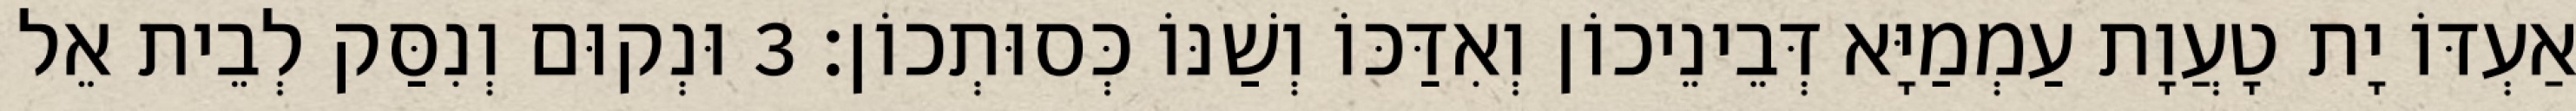
אַעְדּוֹ יָת טָעֲוָת עַמְמַיָּא דְּבֵינֵיכוֹן וְאִדַּכּוֹ וְשַׁנּוֹ כְּסוּתְכוֹן׃ 3 וּנְקוּם וְנִסַּק לְבֵית אֵל